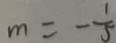
m = - \frac { 1 } { 5 }